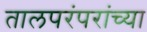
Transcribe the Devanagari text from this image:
तालपरंपरांच्या